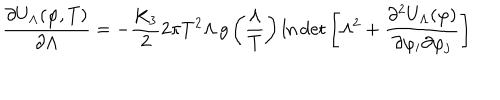
\frac { \partial U _ { \Lambda } ( \varphi , T ) } { \partial \Lambda } = - \frac { K _ { 3 } } { 2 } 2 \pi T ^ { 2 } \Lambda \, g \left( \frac { \Lambda } { T } \right) \ln \det \left[ \Lambda ^ { 2 } + \frac { \partial ^ { 2 } U _ { \Lambda } ( \varphi ) } { \partial \varphi _ { i } \partial \varphi _ { j } } \right]